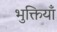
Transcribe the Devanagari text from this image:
भुक्तियाँ